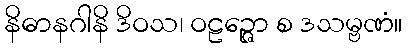
နိဓာနဂါနိ ဒိဝသ၊ ဝဠဉ္ဇော စ ဒသမ္ဗဏံ။